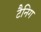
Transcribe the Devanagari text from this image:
टैनिग